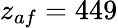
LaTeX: z_{af}=449